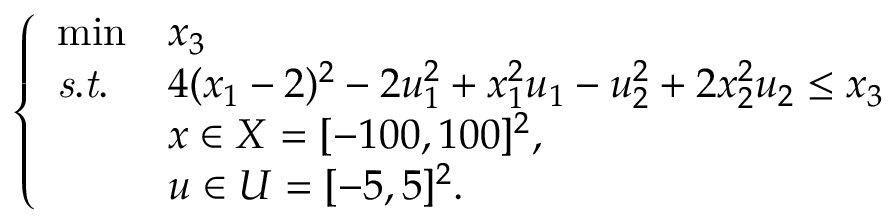
\left\{ \begin{array} { l l l } { \operatorname* { m i n } } & { x _ { 3 } } \\ { \mathit { s . t . } } & { 4 ( x _ { 1 } - 2 ) ^ { 2 } - 2 u _ { 1 } ^ { 2 } + x _ { 1 } ^ { 2 } u _ { 1 } - u _ { 2 } ^ { 2 } + 2 x _ { 2 } ^ { 2 } u _ { 2 } \leq x _ { 3 } } \\ & { x \in X = [ - 1 0 0 , 1 0 0 ] ^ { 2 } , } \\ & { u \in U = [ - 5 , 5 ] ^ { 2 } . } \end{array} \right.